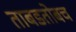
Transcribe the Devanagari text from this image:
ताबडतोबच